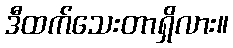
ဒီထက်သေးတာရှိလား။